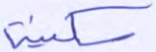
سكينة